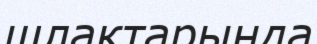
шлактарында